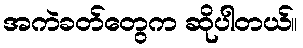
အကဲခတ်တွေက ဆိုပါတယ်။